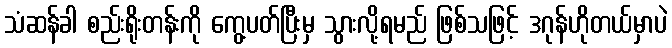
သံဆန်ခါ စည်းရိုးတန်းကို ကွေ့ပတ်ပြီးမှ သွားလို့ရမည် ဖြစ်သဖြင့် ဒဂုန်ဟိုတယ်မှာပဲ